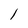
Character: l